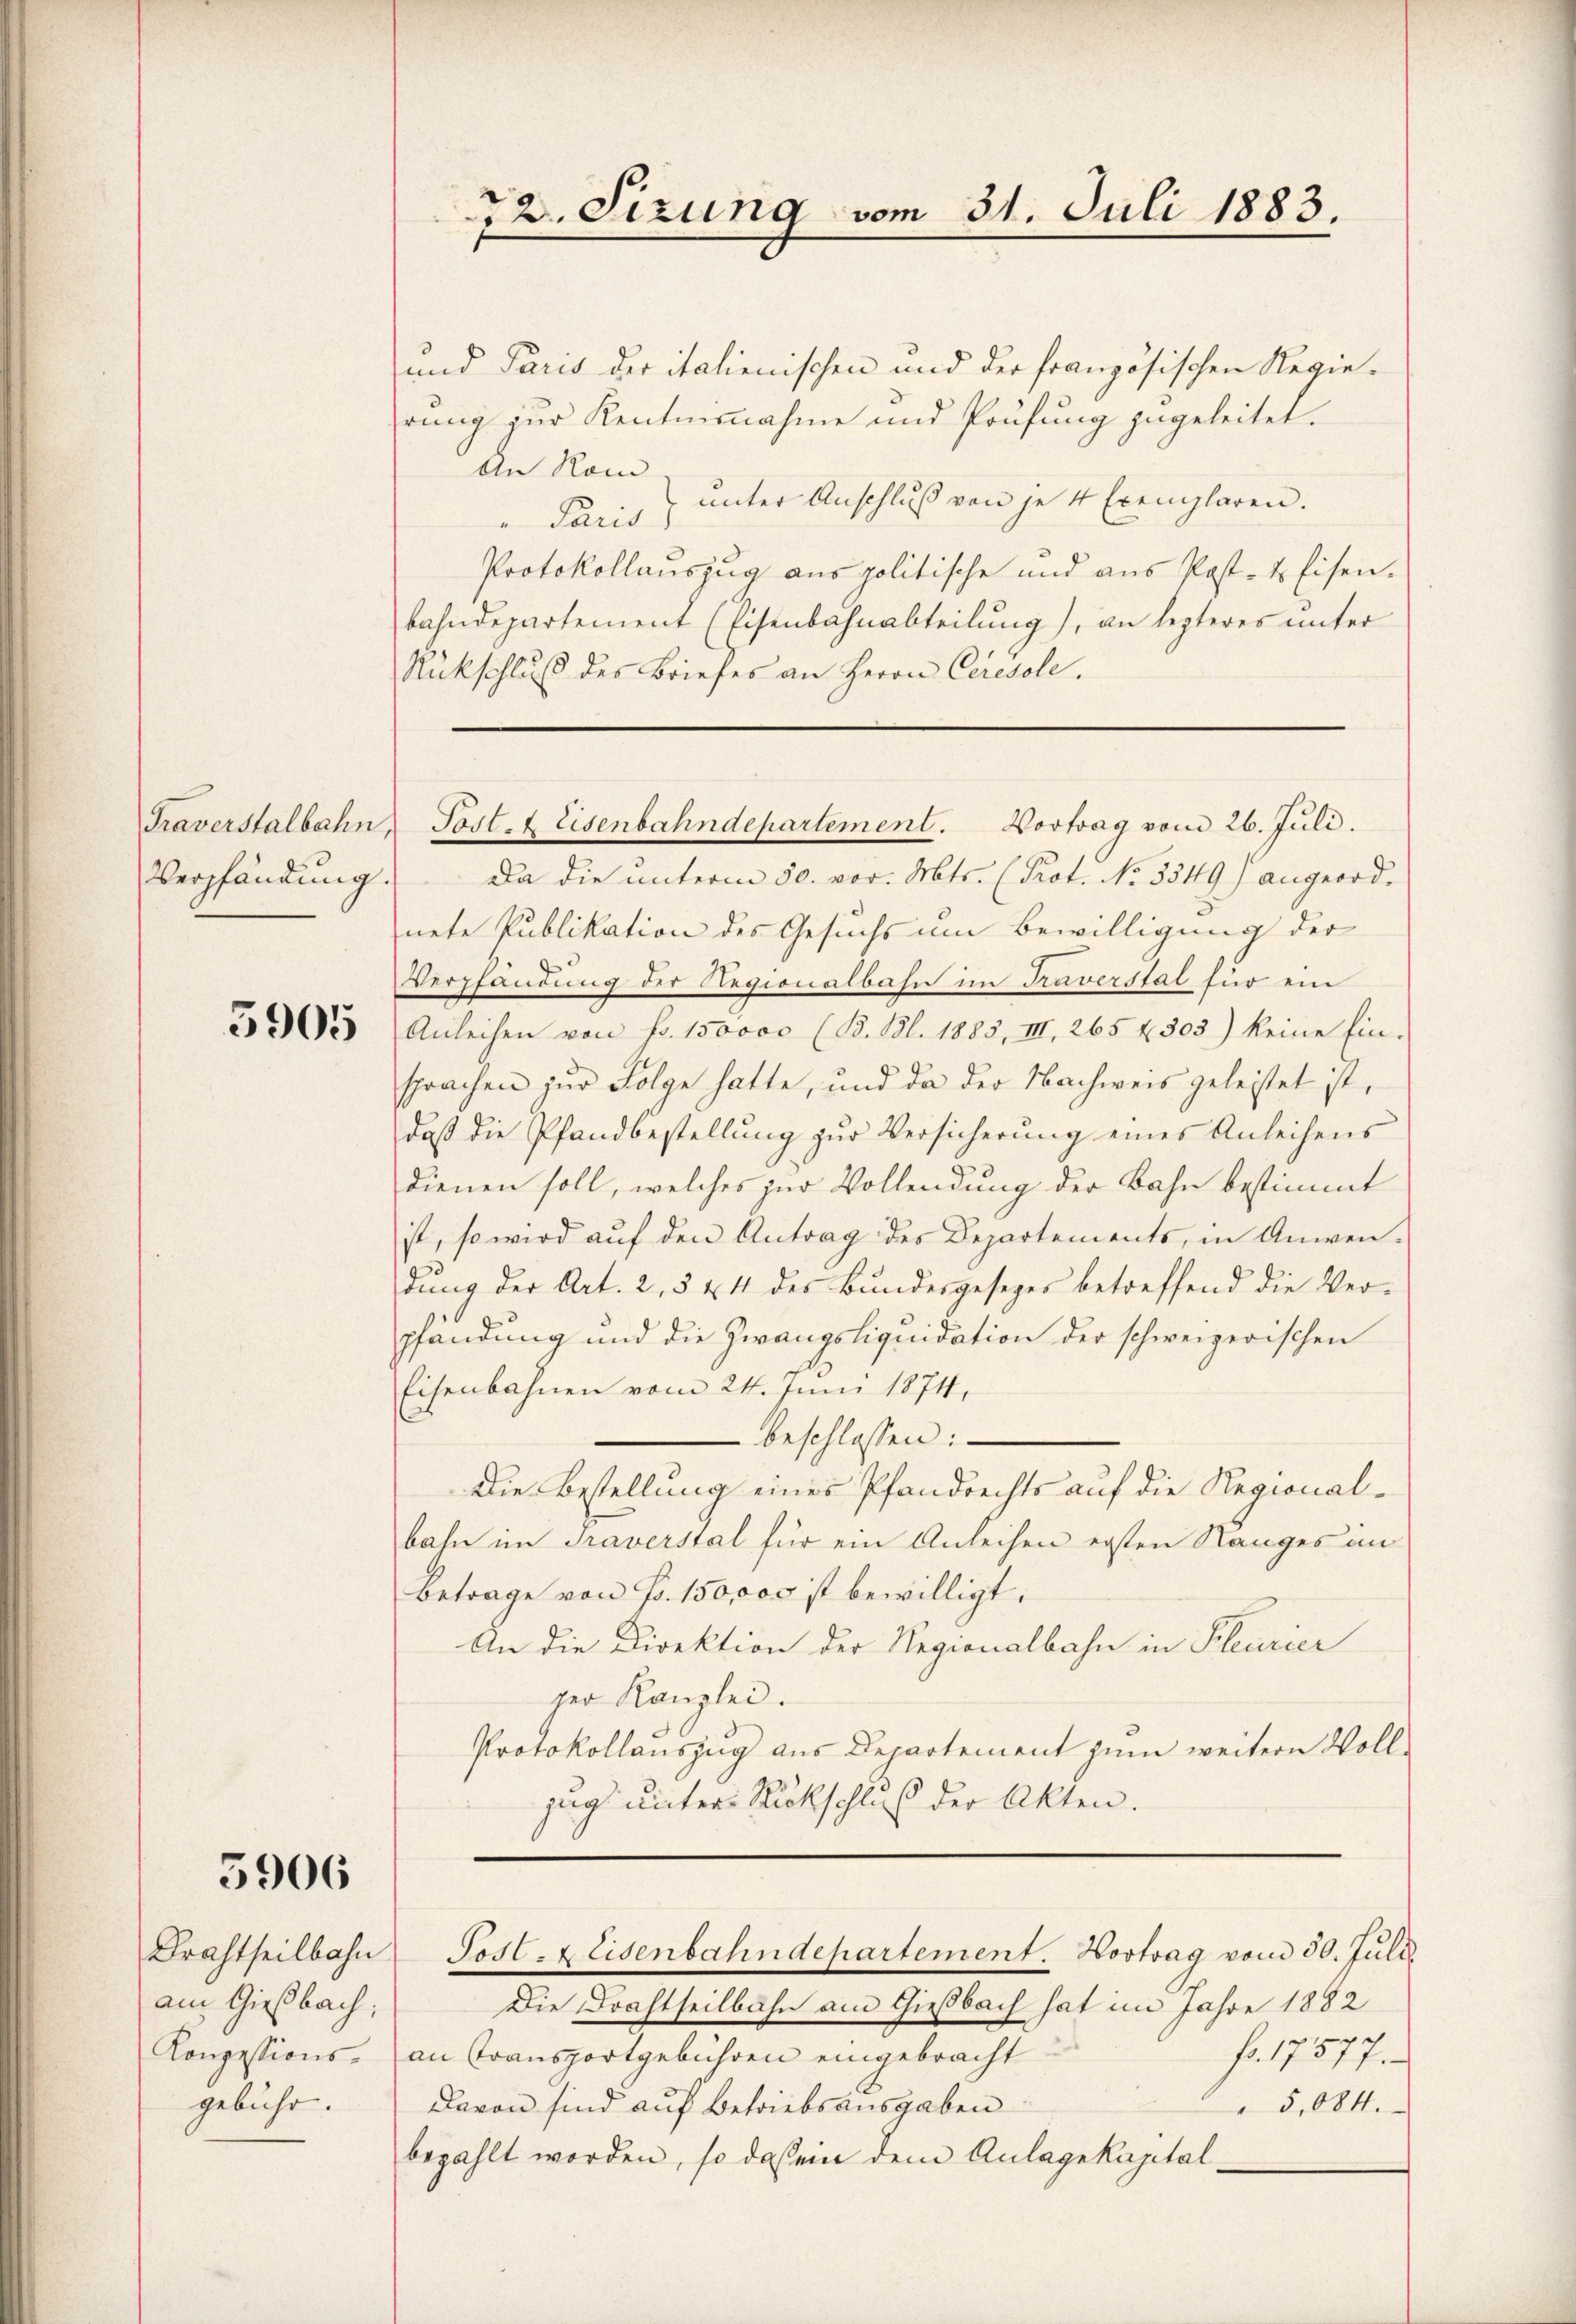
Traverstalbahn,
Verpfändung.

5905

5906

Brachtheilbahn.
am Gießbach;
Konzessions-
gebühr.

und Paris der italienischen und der französischen Regierung zur Kentnisnahme und Prüfung zugeleitet.
An Rom
unter Anschluß von je 4 Exemplaren.
" Paris
Protokollauszug aus politische und aus Post- & Eisen-
bahndepartement (Eisenbahnabteilung), an lezteres unter
Rückschlŭβ des Briefes an Herrn Ceresole.

72. Sizung vom 31. Juli 1883.

Post- & Eisenbahndepartement. Vortrag vom 26. Juli.

Da die ŭnterm 30. vor. Mts. (Prot. No. 3349) angeord-
nete Publikation des Gesuchs um Bewilligung der
Verpfändung der Regionalbahn im Praverstal für ein
Anleihen von Fr. 150000 (B. Bl. 1885, III, 265 f 305) keine Ein-
sprachen zur Folge hatte, und da der Nachweis geleistet ist,
daβ die Pfandbestellŭng zŭr Versicherŭng eines Anleihens
dienen soll, welches zur Vollendung der Bahn bestimmt
ist, so wird auf den Antrag des Departements, in Anwendung der Art. 2, 5 & 4 des Bundesgesezes betreffend die Ver-
pfandung und die Zwangsliquidation der schweizerischen
Eisenbahnen vom 24. Juni 1874,
beschlossen:
Die Bestellung eines Pfandrechts auf die Regionalbahn im Traverstal für ein Anleihen ersten Ranges in
betrage von Fr. 150,000 ist bewilligt.
An die Direktion der Regionalbahn in Kleurier
ger Kanzlei.
Protokollauszug aus Departement zum weitern Vollzug unter Rückschluß der Akten.
Post- & Eisenbahndepartement. Hortrag vom 30. Juli
Die Drahtheilbahn am Gießbach hat im Jahre 1882
fr. 17577.
an Transportgebühren eingebracht
Davon sind auf Betriebsausgaben
5,084.
bezahlt worden, so das ein dem Anlagekapital¬